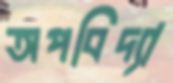
অপবিদ্যা